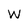
Character: W